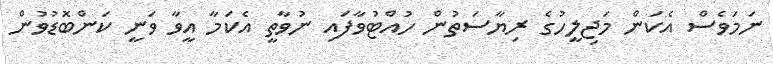
ނަމަވެސް އެކަން މަޖިލީހުގެ ރިޔާސަތުން ހުއްޓުވާފައި ނުވާތީ އެކަމާ އީވާ ވަނީ ކަންބޮޑުވުން